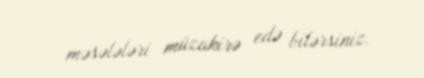
məsələləri müzakirə edə bilərsiniz.